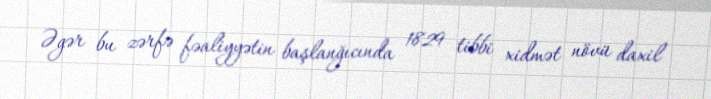
Əgər bu zərfə fəaliyyətin başlanğıcında 1829 tibbi xidmət növü daxil